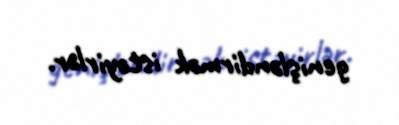
genişləndirmək istəyirlər.